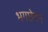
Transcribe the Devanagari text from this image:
भगछेदन